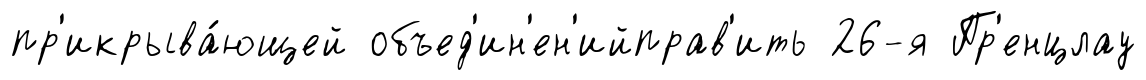
пр'икрыва́ющей объед'ин'ен'ийправ'ить 26-я Пр'енцлау